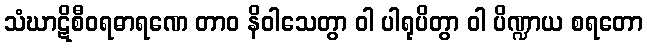
သံဃာဋိစီဝရဓာရဏေ တာဝ နိဝါသေတွာ ဝါ ပါရုပိတွာ ဝါ ပိဏ္ဍာယ စရတော